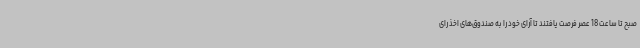
صبح تا ساعت 18 عصر فرصت یافتند تا آرای خود را به صندوق‌های اخذ رای